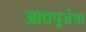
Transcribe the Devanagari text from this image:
आद्यपूजेचा